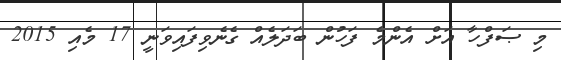
މި ޞަފްހާ އަށް އެންމެ ފަހުން ބަދަލެއް ގެނެވިފައިވަނީ 17 މެއި 2015